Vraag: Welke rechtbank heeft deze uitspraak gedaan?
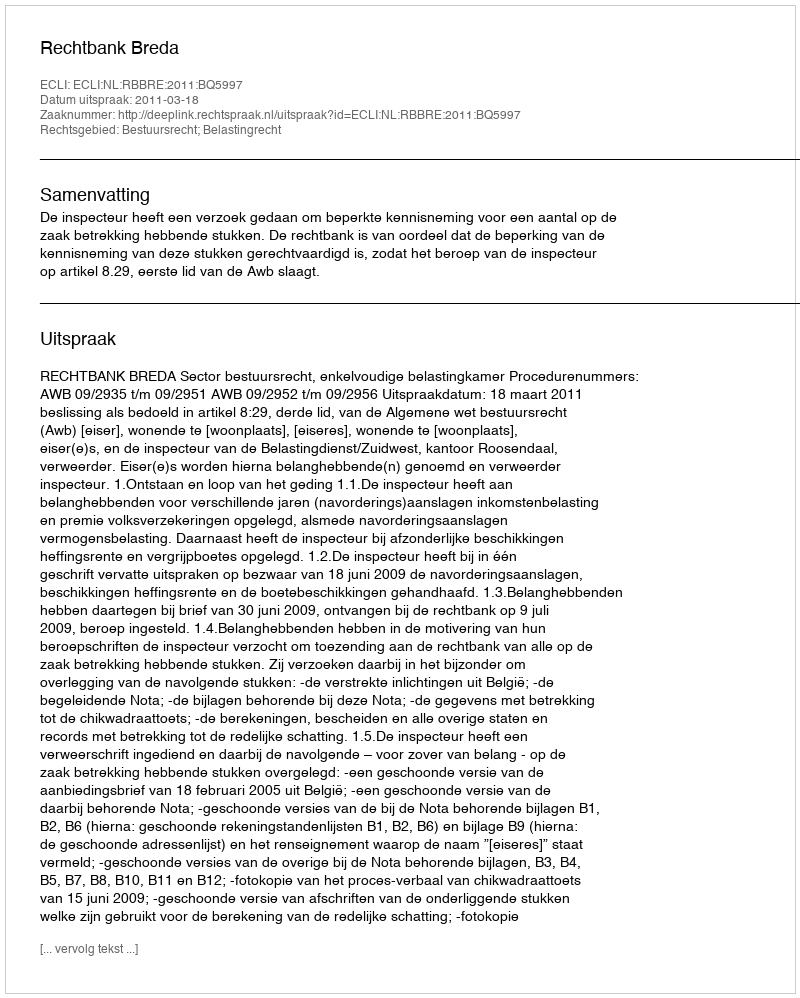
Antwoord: Rechtbank Breda